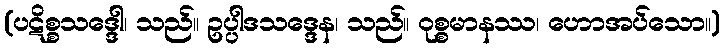
(ပဋိစ္စသဒ္ဒေါ၊ သည်။ ဥပ္ပါဒသဒ္ဒေန၊ သည်။ ဝုစ္စမာနဿ၊ ဟောအပ်သော။)